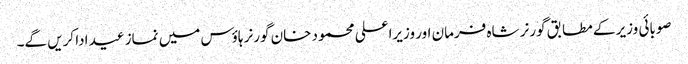
صوبائی وزیر کے مطابق گورنر شاہ فرمان اور وزیراعلی محمود خان گورنر ہاؤس میں نماز عید ادا کریں گے۔